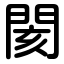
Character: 閡